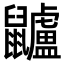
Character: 𪖌